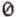
0